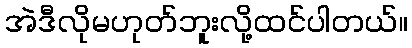
အဲဒီလိုမဟုတ်ဘူးလို့ထင်ပါတယ်။